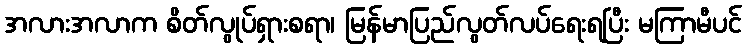
အလားအလာက စိတ်လွုပ်ရှားစရာ၊ မြန်မာပြည်လွတ်လပ်ရေးရပြီး မကြာမီပင်